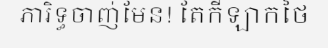
ភារិទ្ធចាញ់មែន! តែកីឡាកថៃ